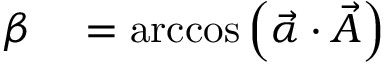
\begin{array} { r l } { \beta } & { { } = \operatorname { a r c c o s } { \left( \vec { \alpha } \cdot \vec { A } \right) } } \end{array}